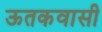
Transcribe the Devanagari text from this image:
ऊतकवासी